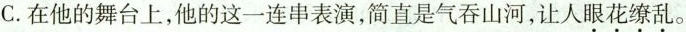
C.在他的舞台上，他的这一连串表演，简直是气吞山河，让人眼花缭乱。